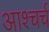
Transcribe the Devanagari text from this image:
आश्चर्च